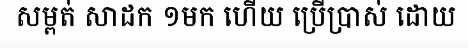
សម្ពត់ សាដក ១មក ហើយ ប្រើប្រាស់ ដោយ